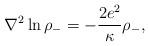
LaTeX: \begin{align*}{\nabla}^2 \ln{{\rho}_-} = - {2e^2 \over \kappa} {\rho}_- ,\end{align*}